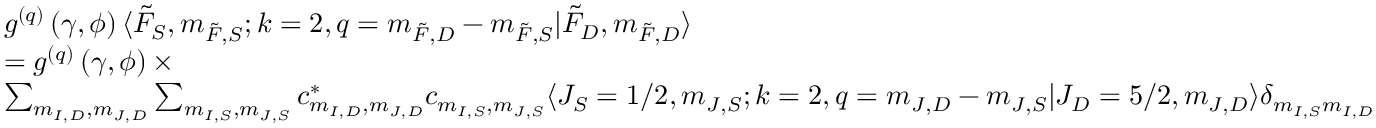
\begin{array} { r l } & { g ^ { ( q ) } \left( \gamma , \phi \right) \langle \Tilde { F } _ { S } , m _ { \Tilde { F } , S } ; k = 2 , q = m _ { \Tilde { F } , D } - m _ { \Tilde { F } , S } \lvert \Tilde { F } _ { D } , m _ { \Tilde { F } , D } \rangle } \\ & { = g ^ { ( q ) } \left( \gamma , \phi \right) \times } \\ & { \sum _ { m _ { I , D } , m _ { J , D } } \sum _ { m _ { I , S } , m _ { J , S } } c _ { m _ { I , D } , m _ { J , D } } ^ { * } c _ { m _ { I , S } , m _ { J , S } } \langle J _ { S } = 1 / 2 , m _ { J , S } ; k = 2 , q = m _ { J , D } - m _ { J , S } \lvert J _ { D } = 5 / 2 , m _ { J , D } \rangle \delta _ { m _ { I , S } m _ { I , D } } } \end{array}